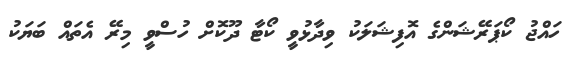
ހައްޖު ކޯޕަރޭޝަންގެ އޮފިޝަލަކު ވިދާޅުވީ ކޯޓާ ދޫކޮށް ހުސްވީ މިރޭ އެތައް ބަޔަކު